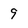
Character: 9